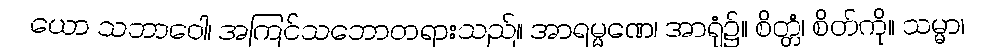
ယော သဘာဝေါ၊ အကြင်သဘောတရားသည်။ အာရမ္မဏေ၊ အာရုံ၌။ စိတ္တံ၊ စိတ်ကို။ သမ္မာ၊